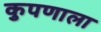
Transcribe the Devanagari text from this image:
कुपणाला